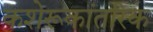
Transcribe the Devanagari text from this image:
कशेरूकांतरिक